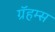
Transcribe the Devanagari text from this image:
ग्रॅहम्स